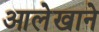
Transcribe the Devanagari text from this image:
आलेखाने